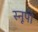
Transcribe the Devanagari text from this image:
स्नूपी